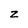
Character: 2